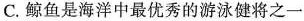
C.鲸鱼是海洋中最优秀的游泳健将之一